Lunatic asylums in Bengal annual reports 1899-1911 - 1899-1911
Year: 1899
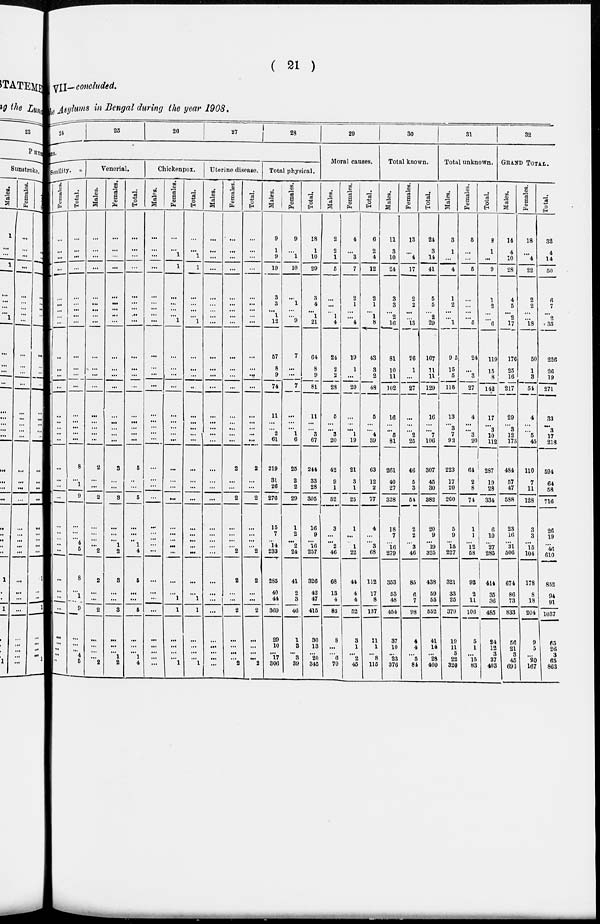
( 21 )
VII— concluded.
the Asylums in Bengal during the year 1908.
24
25
26
27
28
Causes.
Senility.
Females.
...
...
...
...
...
...
...
...
...
...
...
...
...
...
...
...
...
...
...
...
...
...
...
...
... ...
...
...
...
...
...
...
...
...
...
...
Total.
...
...
...
...
...
...
...
...
...
...
...
...
...
...
...
...
...
...
8
...
1
9
...
...
... 4
5
8
...
1
9
...
...
...
4
5
Venerial.
Males.
...
...
...
...
...
...
...
...
...
...
...
...
...
...
...
...
...
...
2
...
...
2
...
...
... ...
2
2
...
...
2
...
...
...
...
2
Females.
...
...
...
...
...
...
...
...
...
...
...
...
...
...
...
...
...
...
3
...
...
3
...
...
... 1
2
3
...
...
3
...
...
...
1
2
Total.
...
...
...
...
...
...
... ...
...
...
...
...
...
...
...
...
...
...
5
...
...
5
...
...
...
1
4
5
...
...
5
...
...
...
1
4
Chickenpox.
Males.
...
...
...
...
...
...
... ...
...
...
,..
...
...
...
...
...
...
...
...
...
...
...
...
...
... ...
...
...
...
...
...
...
...
...
...
...
Females.
...
...
1
1
...
...
...
...
1
...
...
...
...
...
...
...
...
...
...
...
...
...
...
...
... ...
...
...
...
1
1
...
...
...
... 1
Total.
...
...
1
1
...
...
...
...
1
...
...
...
...
...
...
...
...
...
...
...
...
...
...
...
... ...
...
...
...
1
1
...
...
...
... 1
Uterine disease.
Males.
...
...
...
...
...
...
...
...
...
...
...
...
...
...
...
...
...
...
...
...
...
...
...
...
... ...
...
...
...
...
...
...
...
...
...
...
Females.
...
...
...
...
...
...
...
...
...
...
...
...
...
...
...
...
...
...
2
...
...
2
...
...
... ...
2
2
...
...
2
...
...
...
... 2
Total.
...
...
...
...
...
...
...
...
...
...
...
...
...
...
...
...
...
...
2
...
...
2
...
...
... ...
2
2
...
...
2
...
...
...
...
2
Total physical.
Males.
9
1
9
19
3
3
... 1
12
57
8
9
74
11
...
... 2
61
219
31
26
276
15
7
... 14
233
285
40
44
369
29
10
...
17
306
Females.
9
...
1
10
...
1
...
...
...
7
...
...
7
...
...
... 1
6
25
2
2
29
1
2
... 2
24
41
2
3
46
1
3
...
3
39
Total.
18
1
10
29
3
4
... 1
21
64
8
9
81
11
...
... 3
67
244
33
28
305
16
9
... 16
257
326
42
47
415
30
13
...
20
345
29
Moral causes.
Males.
2
2
1
5
...
...
... 1
4
24
2
2
28
5
...
... 3
20
42
9
1
52
3
...
... 2
46
68
13
4
85
8
...
...
6
70
Females.
4
...
3
7
2
1
...
...
4
19
1
...
20
...
...
... 1
19
21
3
1
25
1
...
... 1
22
44
4
4
52
3
1
...
2
45
Total.
6
2
4
12
2
1
... 1
8
43
3
2
48
5
...
... 4
39
63
12
2
77
4
...
... 3
68
112
17
8
137
11
1
...
8
115
30
Total known.
Males.
11
3
10
24
3
3
... 2
16
81
10
11
102
16
...
... 5
81
261
40
27
328
18
7
... 16
279
353
53
48
454
37
10
...
23
376
Females.
13
...
4
17
2
2
...
...
13
26
1
...
27
...
...
... 2
25
46
5
3
54
2
2
... 3
46
85
6
7
98
4
4
...
5
84
Total.
24
3
14
41
5
5
... 2
29
107
11
11
129
16
...
...
7
106
307
45
30
382
20
9
... 19
325
438
59
55
552
41
14
...
28
460
31
Total unknown.
Males.
3
1
...
4
1
2
...
...
1
95
15
5
115
13
...
3
7
92
223
17
20
260
5
9
... 15
227
321
33
25
379
19
11
3
22
320
Females.
5
...
...
5
...
...
...
...
5
24
...
3
27
4
...
... 3
20
64
2
8
74
1
1
... 12
58
93
2
11
106
5
1
...
15
83
Total.
8
1
...
9
1
2
...
...
6
119
15
8
142
17
...
3
10
112
287
19
28
334
6
10
... 27
285
414
35
36
485
24
12
3
37
403
32
GRAND TOTAL.
Males.
14
4
10
28
4
5
... 2
17
176
25
16
217
29
...
3
12
173
484
57
47
588
23
16
... 31
506
674
86
73
833
56
21
3
45
693
Females.
18
...
4
22
2
2
...
...
18
50
1
3
54
4
...
... 5
45
110
7
11
128
3
3
... 15
104
178
8
18
204
9
5
...
20
167
Total.
32
4
14
50
6
7
... 2
35
226
26
19
271
33
...
3
17
218
594
64
58
716
26
19
... 46
610
852
94
91
1037
65
26
3
65
863